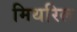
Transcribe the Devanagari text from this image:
मिथरिल